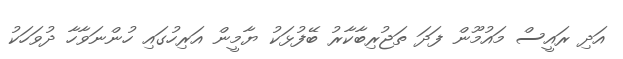
އަދި ރައީސް މައުމޫން ފަދަ ތަޖުރިބާކާރު ބޭފުޅަކު ޔާމީން އަރިހުގައި ހުންނަވާހާ ދުވަހަކު